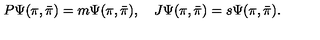
P \Psi ( \pi , { \bar { \pi } } ) = m \Psi ( \pi , { \bar { \pi } } ) , \quad { J } \Psi ( \pi , { \bar { \pi } } ) = s \Psi ( \pi , { \bar { \pi } } ) .